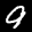
Label: 9